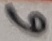
Text: 6